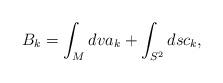
LaTeX: \begin{align*}B_{k}=\int_{M}dv a_{k}+\int_{S^{2}}ds c_{k},\end{align*}